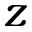
z